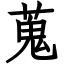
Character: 蒐